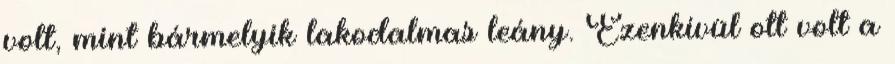
volt, mint bármelyik lakodalmas leány. Ezenkívül ott volt a